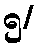
၅/